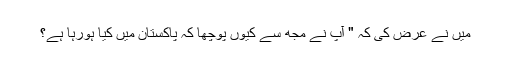
میں نے عرض کی کہ " آپ نے مجھ سے کیوں پوچھا کہ پاکستان میں کیا ہورہا ہے؟